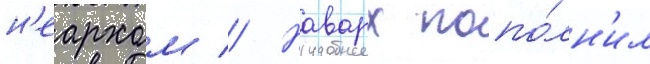
н'еархом // Наварх попо́лн'ил